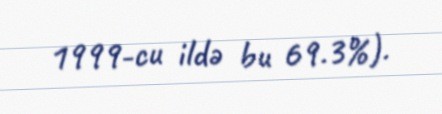
1999-cu ildə bu 69.3%).